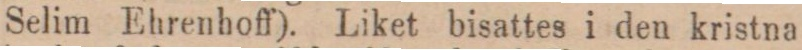
Selim Ehrenhoff). Liket bisattes i den kristna